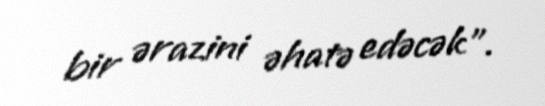
bir ərazini əhatə edəcək”.